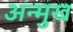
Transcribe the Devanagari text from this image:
अन्मुख